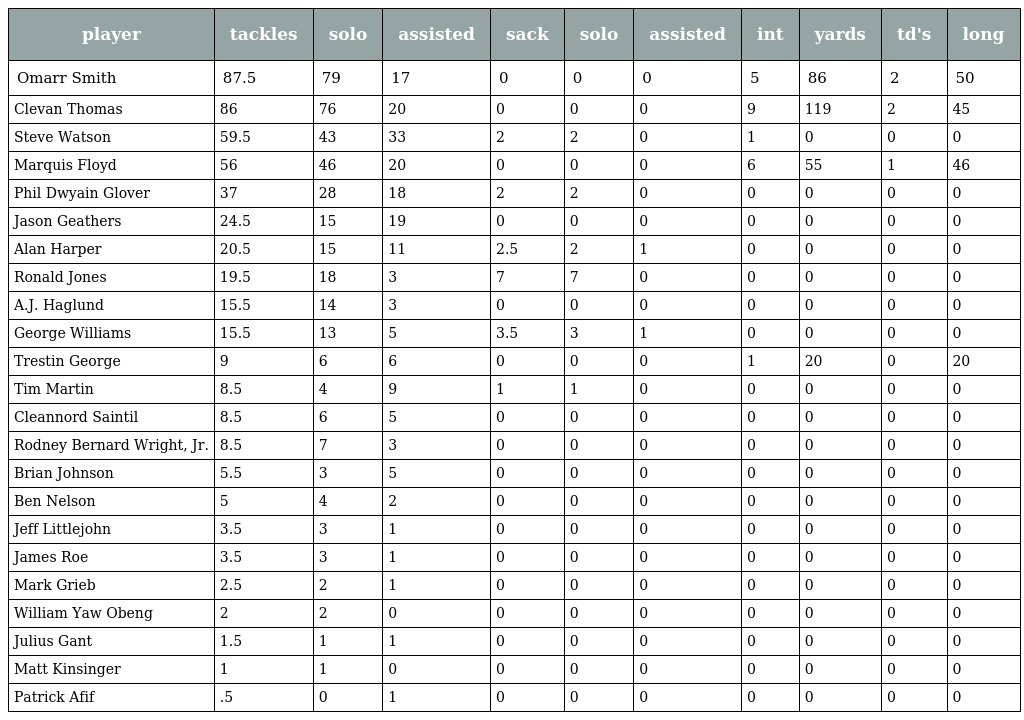
| player | tackles | solo | assisted | sack | solo | assisted | int | yards | td's | long |
 | --- | --- | --- | --- | --- | --- | --- | --- | --- | --- | --- |
 | Omarr Smith | 87.5 | 79 | 17 | 0 | 0 | 0 | 5 | 86 | 2 | 50 |
 | Clevan Thomas | 86 | 76 | 20 | 0 | 0 | 0 | 9 | 119 | 2 | 45 |
 | Steve Watson | 59.5 | 43 | 33 | 2 | 2 | 0 | 1 | 0 | 0 | 0 |
 | Marquis Floyd | 56 | 46 | 20 | 0 | 0 | 0 | 6 | 55 | 1 | 46 |
 | Phil Dwyain Glover | 37 | 28 | 18 | 2 | 2 | 0 | 0 | 0 | 0 | 0 |
 | Jason Geathers | 24.5 | 15 | 19 | 0 | 0 | 0 | 0 | 0 | 0 | 0 |
 | Alan Harper | 20.5 | 15 | 11 | 2.5 | 2 | 1 | 0 | 0 | 0 | 0 |
 | Ronald Jones | 19.5 | 18 | 3 | 7 | 7 | 0 | 0 | 0 | 0 | 0 |
 | A.J. Haglund | 15.5 | 14 | 3 | 0 | 0 | 0 | 0 | 0 | 0 | 0 |
 | George Williams | 15.5 | 13 | 5 | 3.5 | 3 | 1 | 0 | 0 | 0 | 0 |
 | Trestin George | 9 | 6 | 6 | 0 | 0 | 0 | 1 | 20 | 0 | 20 |
 | Tim Martin | 8.5 | 4 | 9 | 1 | 1 | 0 | 0 | 0 | 0 | 0 |
 | Cleannord Saintil | 8.5 | 6 | 5 | 0 | 0 | 0 | 0 | 0 | 0 | 0 |
 | Rodney Bernard Wright, Jr. | 8.5 | 7 | 3 | 0 | 0 | 0 | 0 | 0 | 0 | 0 |
 | Brian Johnson | 5.5 | 3 | 5 | 0 | 0 | 0 | 0 | 0 | 0 | 0 |
 | Ben Nelson | 5 | 4 | 2 | 0 | 0 | 0 | 0 | 0 | 0 | 0 |
 | Jeff Littlejohn | 3.5 | 3 | 1 | 0 | 0 | 0 | 0 | 0 | 0 | 0 |
 | James Roe | 3.5 | 3 | 1 | 0 | 0 | 0 | 0 | 0 | 0 | 0 |
 | Mark Grieb | 2.5 | 2 | 1 | 0 | 0 | 0 | 0 | 0 | 0 | 0 |
 | William Yaw Obeng | 2 | 2 | 0 | 0 | 0 | 0 | 0 | 0 | 0 | 0 |
 | Julius Gant | 1.5 | 1 | 1 | 0 | 0 | 0 | 0 | 0 | 0 | 0 |
 | Matt Kinsinger | 1 | 1 | 0 | 0 | 0 | 0 | 0 | 0 | 0 | 0 |
 | Patrick Afif | .5 | 0 | 1 | 0 | 0 | 0 | 0 | 0 | 0 | 0 |